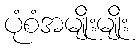
ပုံစံအမျိုးမျိုး